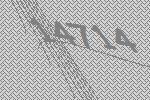
14714